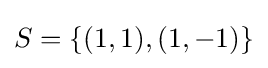
S=\lbrace (1,1),(1,-1)\rbrace